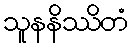
သူနနိဿိတံ